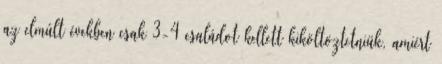
az elmúlt években csak 3-4 családot kellett kiköltöztetniük, amiért